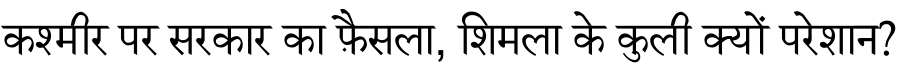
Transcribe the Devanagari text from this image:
कश्मीर पर सरकार का फ़ैसला, शिमला के कुली क्यों परेशान?